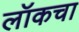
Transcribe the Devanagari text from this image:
लॉकचा